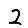
Digit: 2